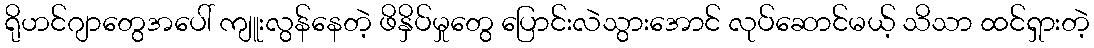
ရိုဟင်ဂျာတွေအပေါ် ကျူးလွန်နေတဲ့ ဖိနှိပ်မှုတွေ ပြောင်းလဲသွားအောင် လုပ်ဆောင်မယ့် သိသာ ထင်ရှားတဲ့